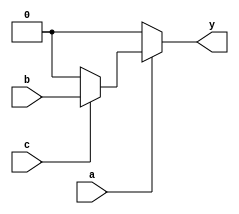

module opt_check3 (input a , input b, input c , output y);
	assign y = a?(c?b:0):0;
endmodule